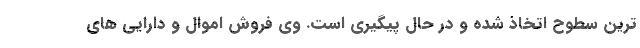
ترین سطوح اتخاذ شده و در حال پیگیری است. وی فروش اموال و دارایی های